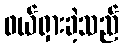
ဖယ်ရှားခဲ့သည်